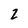
Character: 2